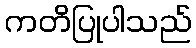
ကတိပြုပါသည်